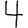
Digit: 4